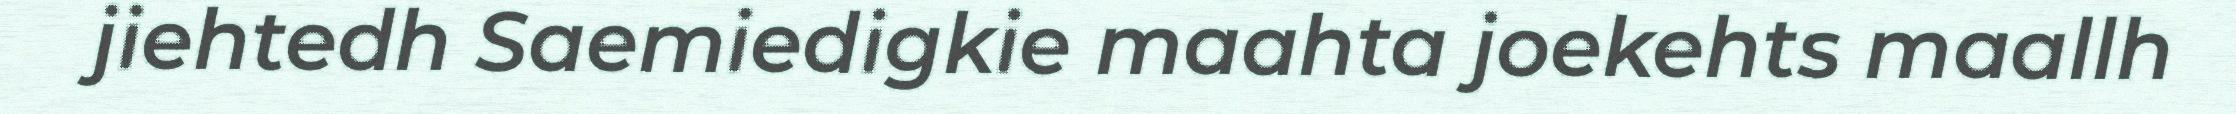
jiehtedh Saemiedigkie maahta joekehts maallh